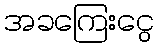
အခကြေးငွေ